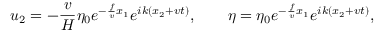
u _ { 2 } = - \frac { v } { H } \eta _ { 0 } e ^ { - \frac { f } { v } x _ { 1 } } e ^ { i k ( x _ { 2 } + v t ) } , \qquad \eta = \eta _ { 0 } e ^ { - \frac { f } { v } x _ { 1 } } e ^ { i k ( x _ { 2 } + v t ) } ,